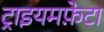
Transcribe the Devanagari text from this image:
ट्राइयमफ़ेटा